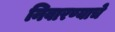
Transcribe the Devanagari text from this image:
निवारण्याचे